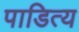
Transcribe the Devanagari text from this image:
पाडित्य